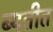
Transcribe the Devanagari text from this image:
ब्यतीत